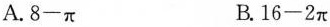
A.8-π B.16-2π